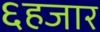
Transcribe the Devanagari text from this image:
६हजार